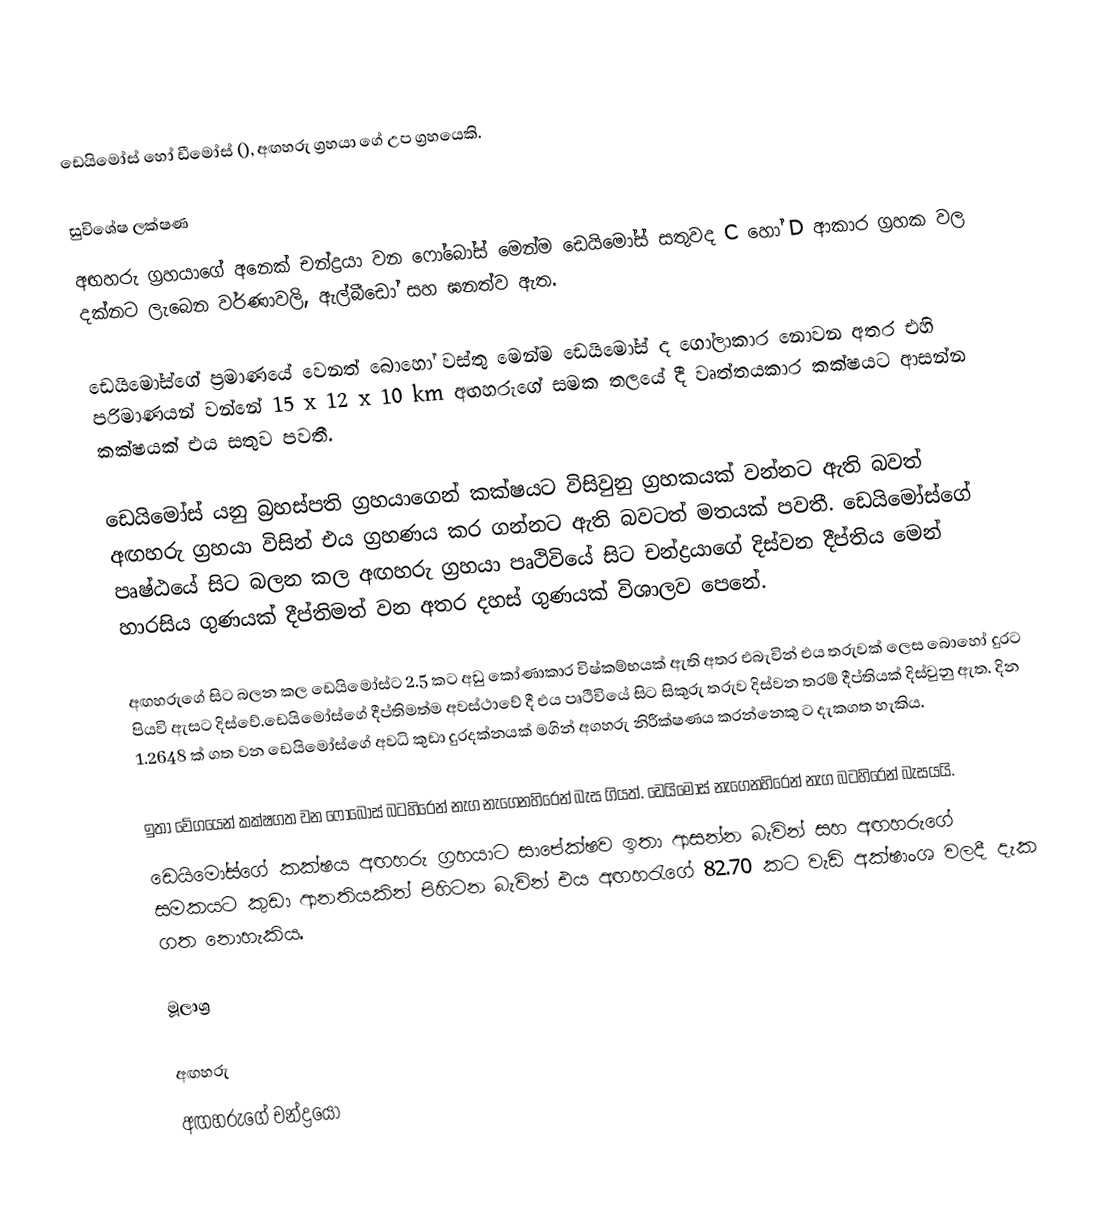
ඩෙයිමෝස් හෝ ඩීමෝස් (), අඟහරු ග්‍රහයා ගේ උප ග්‍රහයෙකි.

සුවිශේෂ ලක්ෂණ
අඟහරු ග්‍රහයාගේ අනෙක් චන්ද්‍රයා වන ෆෝබෝස් මෙන්ම ඩෙයිමෝස් සතුවද  C හෝ   D  ආකාර ග්‍රහක වල දක්නට ලැබෙන  වර්ණාවලි, ඇල්බී‍ඩෝ සහ ඝනත්ව ඇත.

ඩෙයිමෝස්ගේ ප්‍රමාණයේ වෙනත් බොහෝ වස්තු මෙන්ම ඩෙයි‍‍මෝස් ද ගෝලාකාර නොවන අතර එහි පරිමාණයන් වන්නේ  15 x 12 x 10 km අඟහරුගේ සමක තලයේ දී වෘත්තයකාර කක්ෂයට ආසන්න කක්ෂයක් එය සතුව පවතී.

ඩෙයිමෝස් යනු බ්‍රහස්පති ග්‍රහයාගෙන් කක්ෂයට විසිවුනු ග්‍රහකයක්  වන්නට ඇති බවත් අඟහරු ග්‍රහයා විසින් එය ග්‍රහණය කර ගන්නට ඇති බවටත් මතයක් පවතී. ඩෙයිමෝස්ගේ පෘෂ්ඨයේ සිට බලන කල අඟහරු ග්‍රහයා පෘථිවියේ සිට චන්ද්‍රයා‍ගේ දිස්වන  දීප්තිය මෙන් හාරසිය ගුණයක් දීප්තිමත් වන අතර  දහස් ගුණයක් විශාලව පෙනේ.

අඟහරුගේ සිට බලන කල ඩෙයි‍මෝස්ට 2.5 කට අඩු කෝණාකාර විෂ්කම්භයක් ඇති අතර එබැවින් එය තරුවක් ලෙස බො‍හෝ දුරට පියවි ඇසට දිස්වේ.ඩෙයිමෝස්ගේ දීප්තිමත්ම අවස්ථාවේ දී එය පෘථි‍වියේ සිට සිකුරු තරුව දිස්වන තරම් දීප්තියක් දිස්වුනු  ඇත. දින 1.2648 ක් ගත වන ඩෙයිමෝස්ගේ අවධි කුඩා දුරදක්නයක් මගින් අගහරු නිරීක්ෂණය කරන්නෙකු ට දැකගත හැකිය.

ඉතා වේගයෙන් කක්ෂගත වන ෆෝබෝස් බටහිරෙන් නැග නැගෙනහිරෙන් බැස ගියත්. ඩෙයිමෝස් නැගෙනහිරෙන් නැග බටහිරෙන්  බැසයයි.
ඩෙයිමෝස්ගේ කක්ෂය අඟහරු ග්‍රහයාට සාපේක්ෂව ඉතා ආසන්න බැවින් සහ  අඟහරුගේ සමකයට කුඩා ආනතියකින් පිහිටන බැවින් එය අඟහරැගේ 82.70 කට වැඩි අක්ෂාංශ වලදී දැක ගත නොහැකිය.

මූලාශ්‍ර

අඟහරු
අඟහරුගේ චන්ද්‍රයෝ